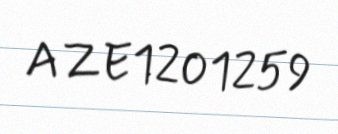
AZE1201259